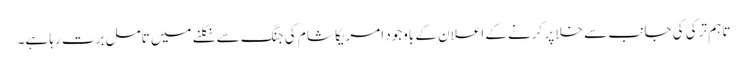
تاہم ترکی کی جانب سے خلا پر کرنے کے اعلان کے باوجود امریکا شام کی جنگ سے نکلنے میں تامل برت رہا ہے۔